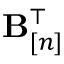
{ \mathbf B } _ { [ n ] } ^ { \top }